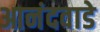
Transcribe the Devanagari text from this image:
आनंदवाडे